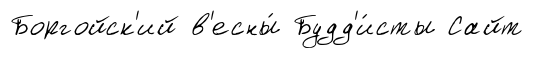
Боргойск'ий в'есны́ Будд'и́сты Сайт